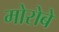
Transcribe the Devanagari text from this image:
मोरोबे